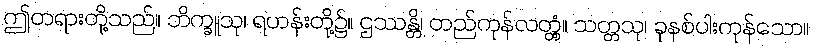
ဤတရားတို့သည်။ ဘိက္ခူသု၊ ရဟန်းတို့၌။ ဌဿန္တိ၊ တည်ကုန်လတ္တံ့။ သတ္တသု၊ ခုနစ်ပါးကုန်သော။